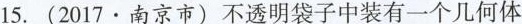
15.(2017·南京市)不透明袋子中装有一个几何体